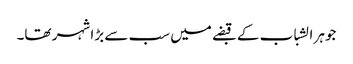
جوہر الشباب کے قبضے میں سب سے بڑا شہر تھا۔